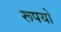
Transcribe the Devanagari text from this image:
रूपयो